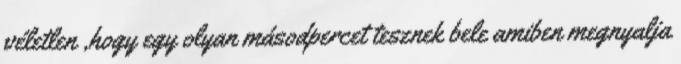
véletlen ,hogy egy olyan másodpercet tesznek bele amiben megnyalja